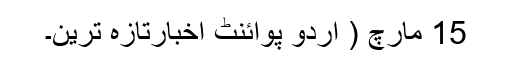
15 مارچ ( اُردو پوائنٹ اخبارتازہ ترین۔